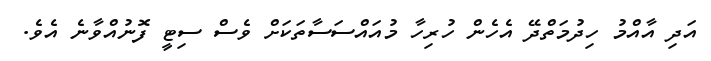
އަދި އާއްމު ހިދުމަތްދޭ އެހެން ހުރިހާ މުއައްސަސާތަކަށް ވެސް ސިޓީ ފޮނުއްވާނެ އެވެ.